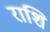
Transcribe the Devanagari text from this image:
राशि